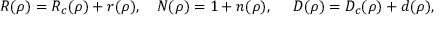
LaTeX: R ( \rho ) = R _ { c } ( \rho ) + r ( \rho ) , ~ ~ ~ N ( \rho ) = 1 + n ( \rho ) , ~ ~ ~ ~ D ( \rho ) = D _ { c } ( \rho ) + d ( \rho ) ,